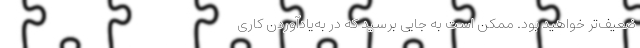
ضعیف‌تر خواهید بود. ممکن است به جایی برسید که در به‌یادآوردن کاری